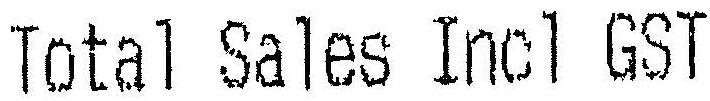
TOTAL SALES INCL GST